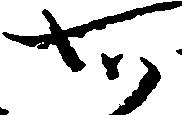
知